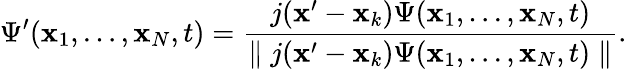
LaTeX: \Psi^{\prime}({\mathbf x}_{1},\ldots,{\mathbf x}_{N},t)={\frac{j({\mathbf x}^{\prime}-{\mathbf x}_{k})\Psi({\mathbf x}_{1},\ldots,{\mathbf x}_{N},t)}{\parallel j({\mathbf x}^{\prime}-{\mathbf x}_{k})\Psi({\mathbf x}_{1},\ldots,{\mathbf x}_{N},t)\parallel}}.